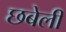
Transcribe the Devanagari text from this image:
छबेली